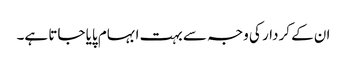
ان کے کردار کی وجہ سے بہت ابہام پایا جاتا ہے۔